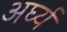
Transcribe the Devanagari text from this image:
अर्घ्य